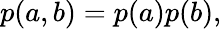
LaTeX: \begin{array}{r}{p(a,b)=p(a)p(b),}\end{array}